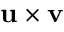
\mathbf { u } \times \mathbf { v }